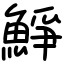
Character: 䱢